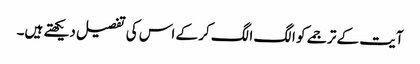
آیت کے ترجمے کو الگ الگ کر کے اس کی تفصیل دیکھتے ہیں۔